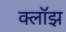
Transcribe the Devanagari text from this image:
क्लॉझ